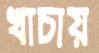
খাচায়